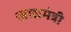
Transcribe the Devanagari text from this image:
खाद्यमंत्री